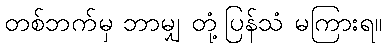
တစ်ဘက်မှ ဘာမျှ တုံ့ပြန်သံ မကြားရ။